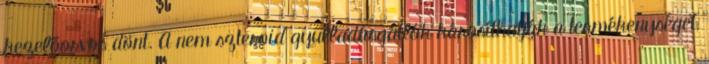
kezelőorvos dönt. A nem szteroid gyulladásgátlók károsíthatják a termékenységet,